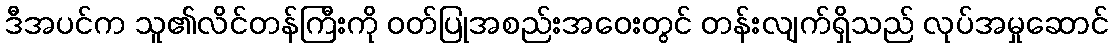
ဒီအပင်က သူ၏လိင်တန်ကြီးကို ဝတ်ပြုအစည်းအဝေးတွင် တန်းလျက်ရှိသည် လုပ်အမှုဆောင်